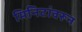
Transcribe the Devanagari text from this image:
मिनिटांवरून